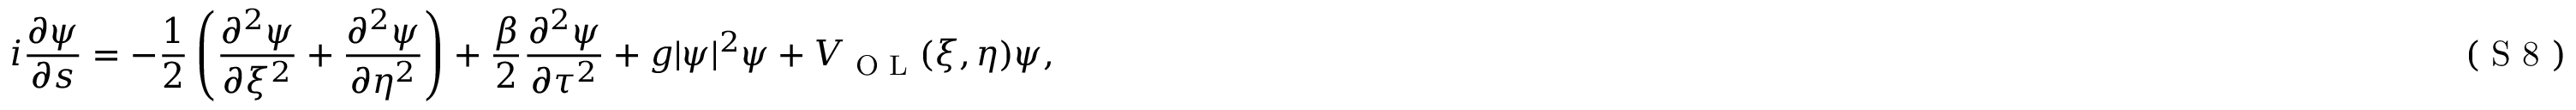
i \frac { \partial \psi } { \partial s } = - \frac { 1 } { 2 } \left( \frac { \partial ^ { 2 } \psi } { \partial \xi ^ { 2 } } + \frac { \partial ^ { 2 } \psi } { \partial \eta ^ { 2 } } \right) + \frac { \beta } { 2 } \frac { \partial ^ { 2 } \psi } { \partial \tau ^ { 2 } } + g | \psi | ^ { 2 } \psi + V _ { \textrm { O L } } ( \xi , \eta ) \psi , \eqno { ( \textrm { S 8 } ) }